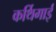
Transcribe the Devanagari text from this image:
कर्थिगाई